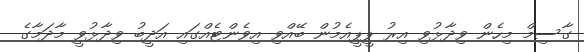
ގާސިމް މިހެން ވިދާޅުވި އިރު ޕީޕީއެމުން ބޭއްވި އިވެންޓެއްގައި އަދީބު ވިދާޅުވީ މާދަމާގެ